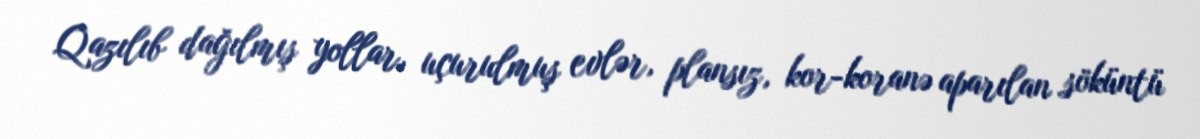
Qazılıb dağılmış yollar, uçurulmuş evlər, plansız, kor-koranə aparılan söküntü